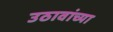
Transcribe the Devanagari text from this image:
उठावांच्या